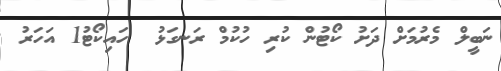
ނަބީލް މެރުމަށް ދަށު ކޯޓުން ކުރި ހުކުމް ރަނގަޅު  ހައިކޯޓު1 އަހަރު